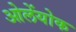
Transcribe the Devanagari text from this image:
ओलेंयोक